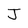
Character: J